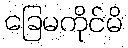
ခြေမကိုင်မိ